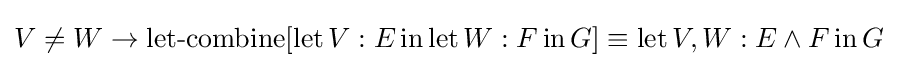
V\neq W\to \operatorname {let-combine} [\operatorname {let} V:E\operatorname {in} \operatorname {let} W:F\operatorname {in} G]\equiv \operatorname {let} V,W:E\land F\operatorname {in} G